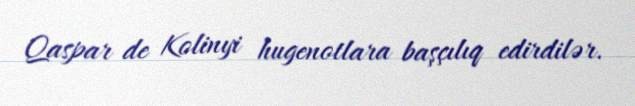
Qaspar de Kolinyi hugenotlara başçılıq edirdilər.